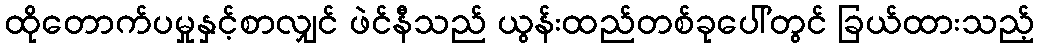
ထိုတောက်ပမှုနှင့်စာလျှင် ဖဲင်နီသည် ယွန်းထည်တစ်ခုပေါ်တွင် ခြယ်ထားသည့်